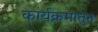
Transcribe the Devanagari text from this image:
कार्यक्रमातुन